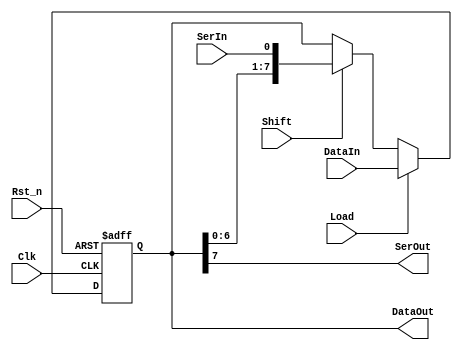
module shiftreg #(parameter SIZE = 8)(
  input Clk,
  input Rst_n,
  input Load,
  input Shift,
  input SerIn,
  input [SIZE-1:0] DataIn,
  output SerOut,
  output [SIZE-1:0] DataOut
);

  reg [SIZE-1:0] register;
  // shift register
  always @(posedge Clk or negedge Rst_n)
    if(!Rst_n)
      register <= {SIZE{1'b0}};
    else if(Load)
      register <= DataIn;
    else if(Shift)
      register <= {register[SIZE-2:0], SerIn};
    else
      register <= register;

   // outputs
   assign SerOut = register[SIZE-1];
   assign DataOut = register;

endmodule